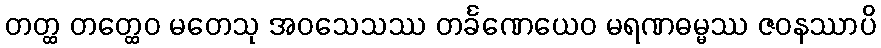
တတ္ထ တတ္ထေဝ မတေသု အဝသေသဿ တင်္ခဏေယေဝ မရဏဓမ္မဿ ဇဝနဿာပိ